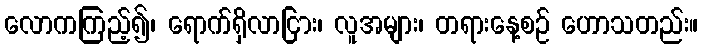
လောကကြည့်၍၊ ရောက်ရှိလာငြား၊ လူအများ၊ တရားနေ့စဉ် ဟောသတည်း။